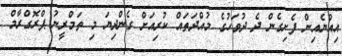
އިއްޔެއިން ފެށިގެން ދެ ދުވަހުގެ މުއްދަތައް ކުރިއަށް ގެންދިޔަ މި ތަމްރީނު ޕްރޮގްރާމް